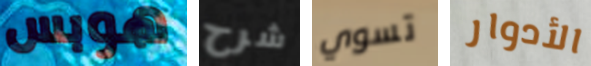
هوبس شرح تسوي الأدوار